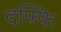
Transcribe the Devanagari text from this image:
दफ्फि